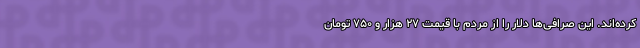
کرده‌اند. این صرافی‌ها دلار را از مردم با قیمت ۲۷ هزار و ۷۵۰ تومان